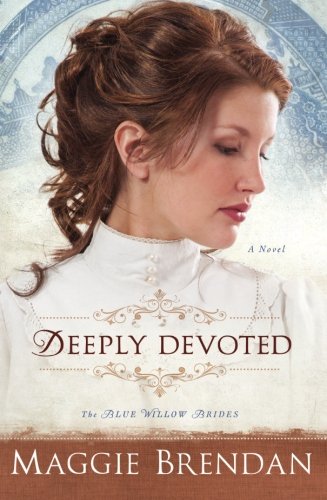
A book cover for Deeply Devoted: A Novel (The Blue Willow Brides) (Volume 1); Maggie Brendan; Romance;